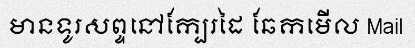
មានទូរសព្ទនៅក្បែរដៃ ឆែកមើល Mail